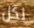
لكل